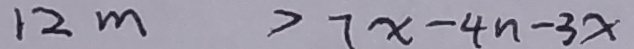
1 2 m > 7 x - 4 n - 3 x